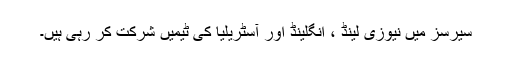
سیرسز میں نیوزی لینڈ ، انگلینڈ اور آسٹریلیا کی ٹیمیں شرکت کر رہی ہیں۔